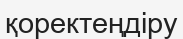
қоректеңдіру